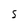
Character: S